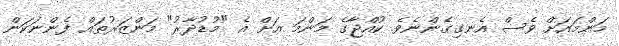
މަންމައަށް ވެސް އެނގިގެންނެވެ. ކުއްޖާގެ މަންމަ އަށް އެ "މުޑުދާރު" މަންޒަރުތައް ފެންނަކަން